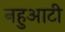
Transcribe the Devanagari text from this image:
नहुआटी